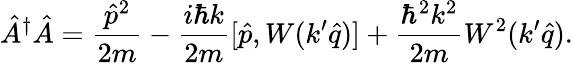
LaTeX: \hat{A}^{\dagger}\hat{A}=\frac{\hat{p}^{2}}{2m}-\frac{i\hbar k}{2m}[\hat{p},W(k^{\prime}\hat{q})]+\frac{\hbar^{2}k^{2}}{2m}W^{2}(k^{\prime}\hat{q}).